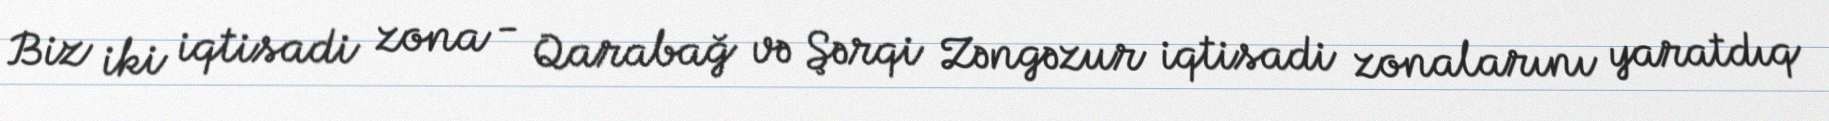
Biz iki iqtisadi zona - Qarabağ və Şərqi Zəngəzur iqtisadi zonalarını yaratdıq